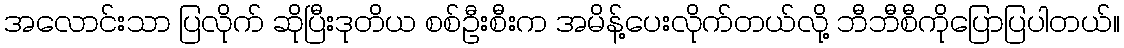
အလောင်းသာ ပြလိုက် ဆိုပြီးဒုတိယ စစ်ဦးစီးက အမိန့်ပေးလိုက်တယ်လို့ ဘီဘီစီကိုပြောပြပါတယ်။